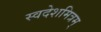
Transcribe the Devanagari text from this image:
स्वदेशमित्रम्